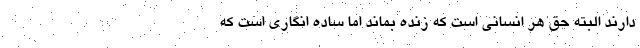
دارند البته حق هر انسانی است که زنده بماند اما ساده انگاری است که